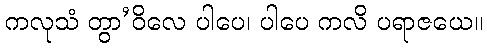
ကလုသံ တွာ’ဝိလေ ပါပေ၊ ပါပေ ကလိ ပရာဇယေ။